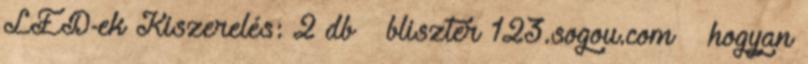
LED-ek Kiszerelés: 2 db bliszter 123.sogou.com – hogyan